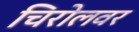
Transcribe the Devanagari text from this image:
चिरोलवर